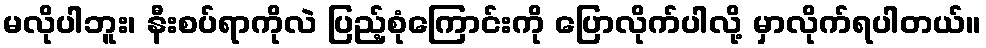
မလိုပါဘူး၊ နီးစပ်ရာကိုလဲ ပြည့်စုံကြောင်းကို ပြောလိုက်ပါလို့ မှာလိုက်ရပါတယ်။